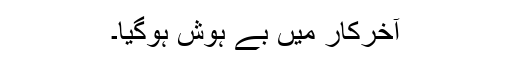
آخرکار میں بے ہوش ہوگیا۔